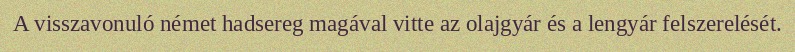
A visszavonuló német hadsereg magával vitte az olajgyár és a lengyár felszerelését.